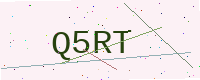
Text: Q5RT